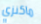
ماكنزي